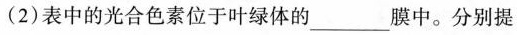
(2) 表中的光合色素位于叶绿体的___膜中。分别提